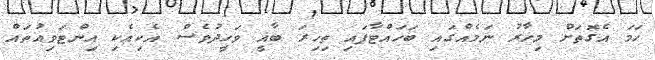
ހަމަ އެގޮތަށް މިހާރު ނަމެއްގައި ބަހައްޓާފައި ތިހިރަ ބާޣީ ވަހީދުވެސް އެކިއެކި އިންޓަވިއުތައް